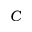
C